King Institute of Preventive Medicine Micro-Biological Section reports 1909-11
Year: 1909
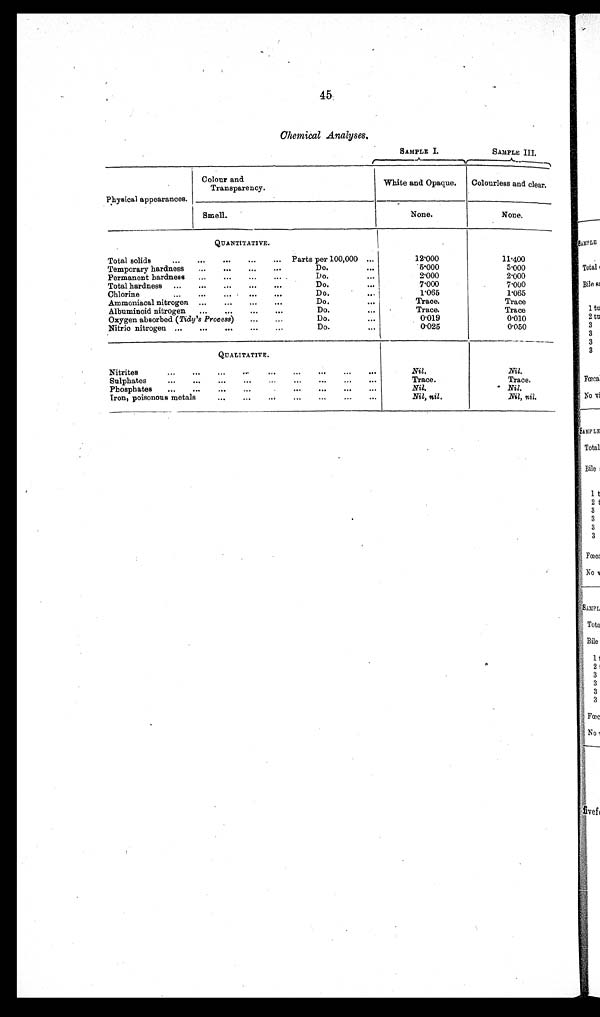
45
Chemical Analyses.
SAMPLE I.
SAMPLE III.
Physical appearances.
Colour and
Transparency.
White and Opaque.
Colourless and clear.
Smell.
None.
None.
QUANTITATIVE.
Total solids
...
...
...
...
... Parts per 100,000 ...
12.000
11.400
Temporary hardness
...
...
...
...
Do.
...
5.000
5.000
Permanent hardness
...
...
...
...
Do.
. . .
2.000
2.000
Total hardness ...
...
...
...
...
Do.
.. .
7.000
7 . 0 0 0
Chlorine
...
...
... ... ... ...
Do.
. . .
1.065
1.065
Ammoniacal nitrogen
... ...
Do.
...
Trace.
Trace.
Albuminoid nitrogen
...
...
. . .
Do.
. . .
Trace.
Trace.
Oxygen absorbed (Tidy's Process)
...
...
Do.
...
0.019
0.010
Nitric nitrogen ...
...
...
...
...
Do.
...
0.025
0.050
QUALITATIVE.
Nitrites
...
...
...
...
...
. . .
Nil.
Nil.
Sulphates
...
...
...
...
...
...
...
...
Trace.
Trace.
Phosphates
...
...
...
...
...
. . .
Nil.
Nil.
Iron, poisonous metals
...
Nil, nil .
Nil, nil.